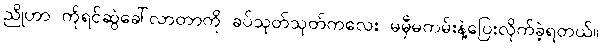
ညိုဟာ ကိုရင်ဆွဲခေါ်လာတာကို ခပ်သုတ်သုတ်ကလေး မမှီမကမ်းနဲ့ပြေးလိုက်ခဲ့ရတယ်။